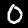
Digit: 0